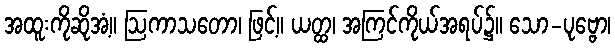
အထူးကိုဆိုအံ့။ ဩကာသတော၊ ဖြင့်။ ယတ္ထ၊ အကြင်ကိုယ်အရပ်၌။ သော-ပုဗ္ဗော၊